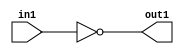
`timescale 1ps / 1ps
/*****************************************************************************
    Verilog RTL Description
    
    
    Created by: Stratus DpOpt 2019.1.01 
*******************************************************************************/

module DC_Filter_Equal_1U_13_4 (
	in1,
	out1
	); /* architecture "behavioural" */ 
input [8:0] in1;
output  out1;
wire  asc001;

assign asc001 = (14'B00000000000000==in1);

assign out1 = asc001;
endmodule

/* CADENCE  urjxSQ0= : u9/ySgnWtBlWxVPRXgAZ4Og= ** DO NOT EDIT THIS LINE ******/